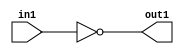
`timescale 1ps / 1ps
/*****************************************************************************
    Verilog RTL Description
    
    
    Created by: Stratus DpOpt 2019.1.01 
*******************************************************************************/

module DC_Filter_Equal_1U_13_4 (
	in1,
	out1
	); /* architecture "behavioural" */ 
input [8:0] in1;
output  out1;
wire  asc001;

assign asc001 = (14'B00000000000000==in1);

assign out1 = asc001;
endmodule

/* CADENCE  urjxSQ0= : u9/ySgnWtBlWxVPRXgAZ4Og= ** DO NOT EDIT THIS LINE ******/